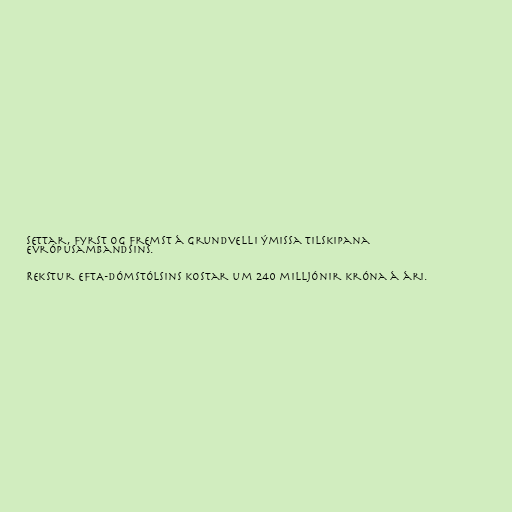
settar, fyrst og fremst á grundvelli ýmissa tilskipana
Evrópusambandsins.

Rekstur EFTA-dómstólsins kostar um 240 milljónir króna á ári.